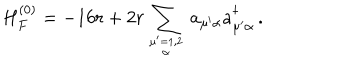
H _ { F } ^ { ( 0 ) } = - 1 6 r + 2 r \sum _ { { \mu ^ { \prime } = 1 , 2 } \atop \alpha } \, a _ { \mu ^ { \prime } \alpha } a _ { \mu ^ { \prime } \alpha } ^ { \dagger } \, .